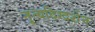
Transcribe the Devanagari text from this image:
नृ्त्यदिग्दर्शन